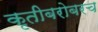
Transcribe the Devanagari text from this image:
कृतीबरोबरच